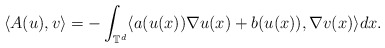
\begin{align*}\langle A(u), v \rangle = - \int_{\mathbb{T}^d} \langle a(u(x)) \nabla u(x) + b(u(x)), \nabla v(x) \rangle dx .\end{align*}